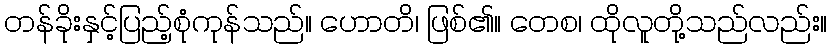
တန်ခိုးနှင့်ပြည့်စုံကုန်သည်။ ဟောတိ၊ ဖြစ်၏။ တေစ၊ ထိုလူတို့သည်လည်း။